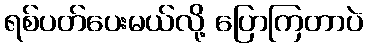
ရစ်ပတ်ပေးမယ်လို့ ပြောကြတာပဲ